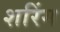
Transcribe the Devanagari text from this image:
शरिंग